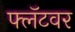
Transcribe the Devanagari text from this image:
फ्लॅटवर